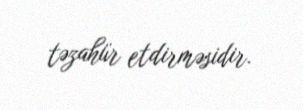
təzahür etdirməsidir.